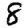
Digit: 8